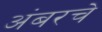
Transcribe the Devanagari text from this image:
अंबरचे